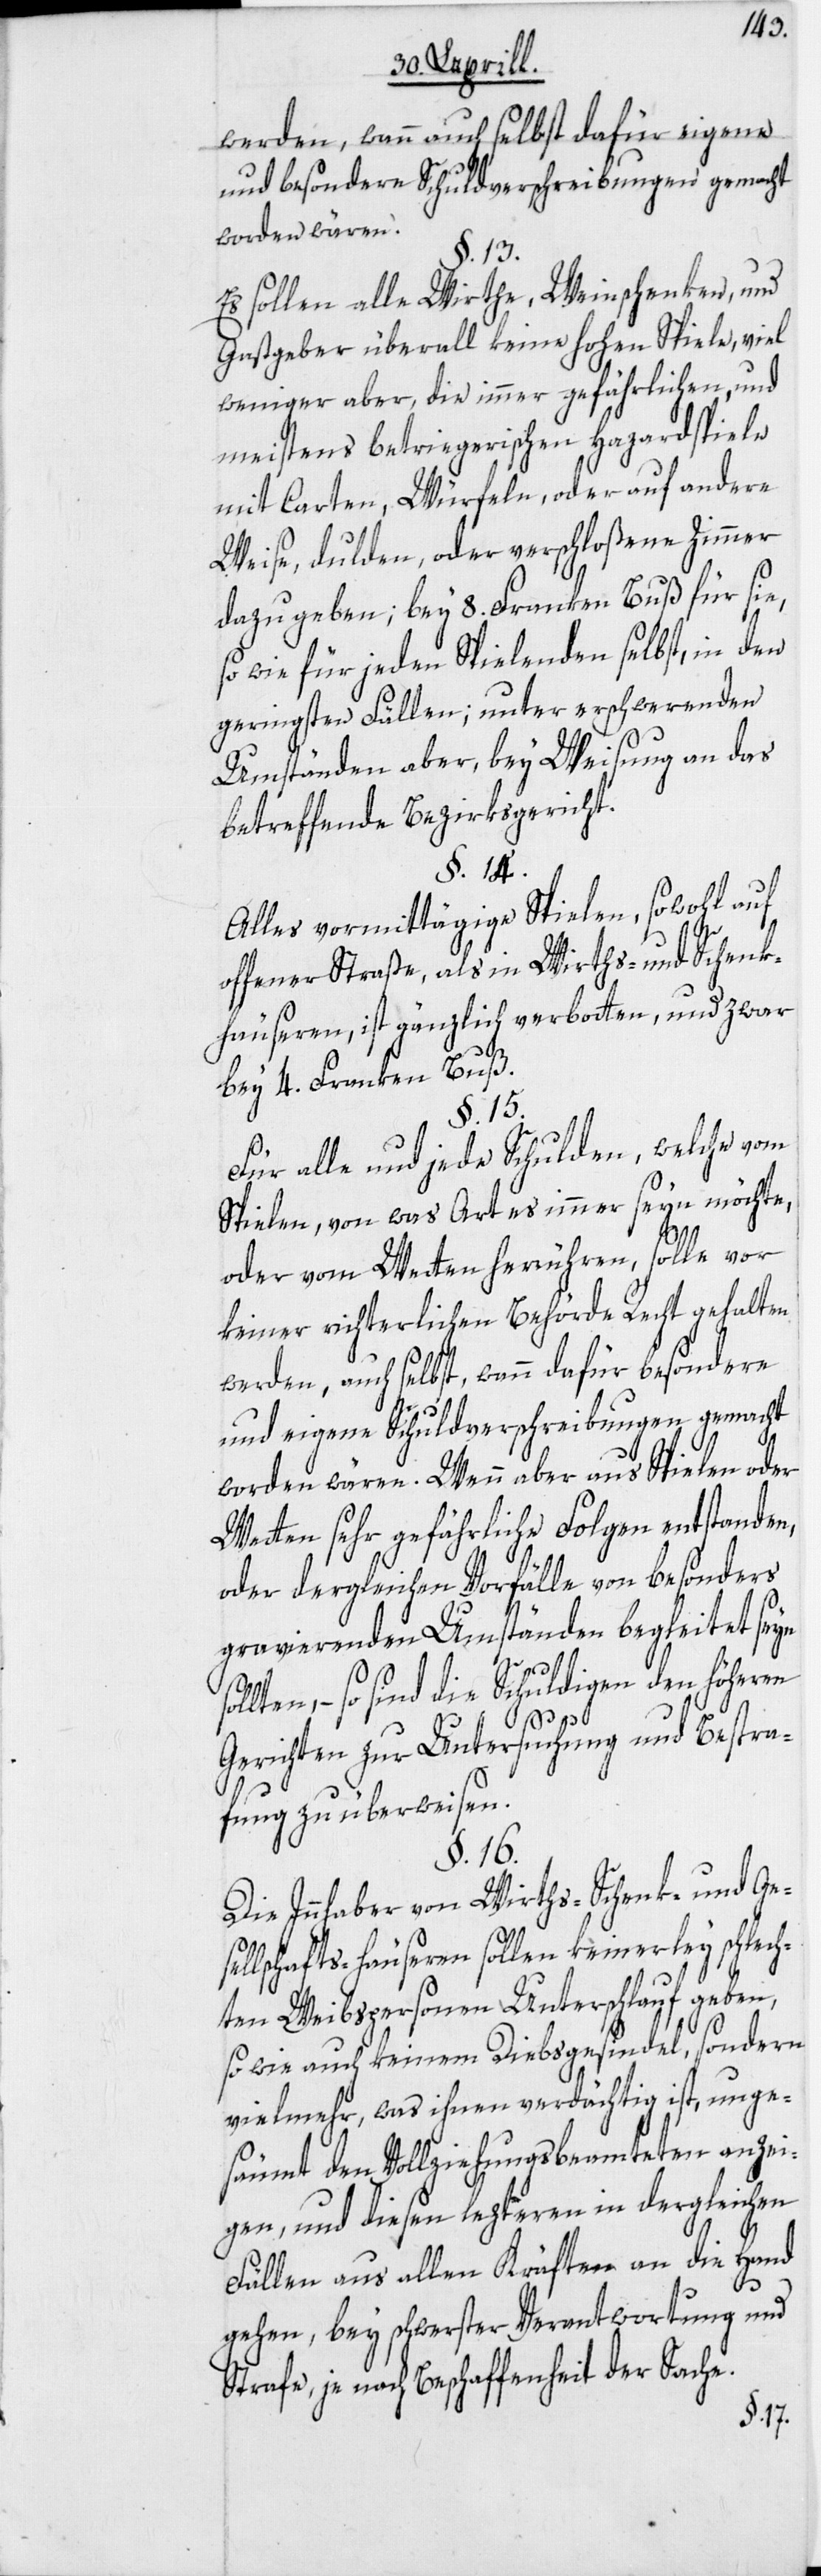
werden, wenn auch selbst dafür eigene
und besondere Schuldverschreibungen gemacht
worden wären.
§. 13.
Es sollen alle Wirthe, Weinschenken, und
Gastgeber überall keine hohen Spiele, viel
weniger aber, die immer gefährlichen, und
meistens betriegerischen Hazardspiele
mit Carten, Würfeln, oder auf andere
Weise, dulden, oder verschloßene Zimmer
dazu geben; bey 8. Franken Buß für sie,
so wie für jeden Spielenden selbst, in den
geringsten Fällen; unter erschwerenden
Umständen aber, bey Weisung an das
betreffende Bezirksgericht.
§. 14.
Alles vormittägige Spielen, sowohl auf
offener Straße, als in Wirths- und Schenk¬
häuseren, ist gänzlich verbotten, und zwar
bey 4. Franken Buß.
§. 15.
Für alle und jede Schulden, welche vom
Spielen, von was Art es immer seyn möchte,
oder vom Wetten herrühren, solle vor
keiner richterlichen Behörde Recht gehalten
werden, auch selbst, wann dafür besondere
und eigene Schuldverschreibungen gemacht
worden wären. Wenn aber aus Spielen oder
Wetten sehr gefährliche Folgen entstanden,
oder dergleichen Vorfälle von besonders
gravierenden Umständen begleitet seyn
sollten, – so sind die Schuldigen den höheren
Gerichten zur Untersuchung und Bestra¬
fung zu überweisen.
§. 16.
Die Innhaber von Wirths-[,] Schenk- und Ge¬
sellschafts-häuseren sollen keinerley schlech¬
ten Weibspersonen Unterschlauf geben,
so wie auch keinem Diebsgesindel, sondern
vielmehr, was ihnen verdächtig ist, unge¬
säumt den Vollziehungsbeamteten anzei¬
gen, und diesen lezteren in dergleichen
Fällen aus allen Kräften an die Hand
gehen, bey schwerster Verantwortung und
Strafe, je nach Beschaffenheit der Sache.